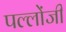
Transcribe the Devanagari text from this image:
पल्लोंजी